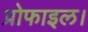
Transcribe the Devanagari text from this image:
प्रोफाइल।